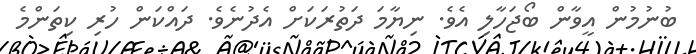
ބުނުމުން އީވާން ބޯޖަހާލި އެވެ. ނިޔާމަ ދަތުރަކަށް އެދުނެވެ. ދައްކަން ހުރި ކިތަންމެ